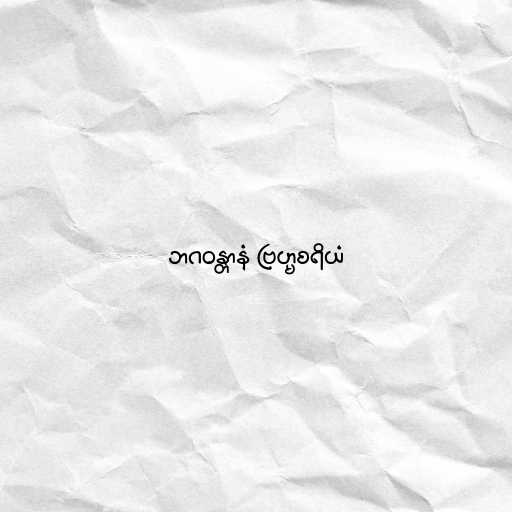
ဘဂဝန္တာနံ ဗြဟ္မစရိယံ